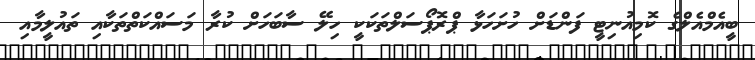
ބީއެމްއެލްގެ ކޮމިއުނިޓީ ފަންޑަށް ހުށަހަޅާ ޕްރޮޕޯސަލްތަކަކީ ހިލޭ ސާބަހަށް ކުރާ މަސައްކަތްތަކާއި ތައުލީމާއި